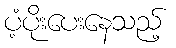
ပံ့ပိုးပေးနေသည့်